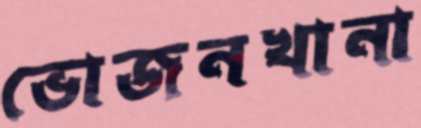
ভোজনখানা